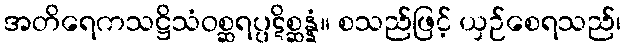
အတိရေကသဋ္ဌိသံဝစ္ဆရပ္ပဋိစ္ဆန္နံ။ စသည်ဖြင့် ယှဉ်စေရသည်၊